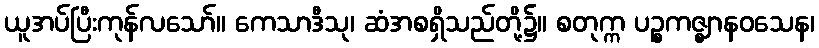
ယူအပ်ပြီးကုန်လသော်။ ကေသာဒီသု၊ ဆံအစရှိသည်တို့၌။ စတုက္က ပဉ္စကဇ္ဈာနဝသေန၊